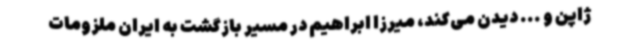
ژاپن و ... دیدن می‌کند، میرزا ابراهیم در مسیر بازگشت به ایران ملزومات